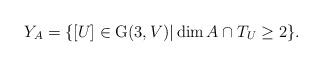
LaTeX: \begin{align*} Y_A=\{[U]\in \mathrm{G}(3,V)|\dim A\cap T_U\geq 2\}. \end{align*}